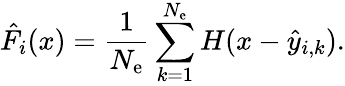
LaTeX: \hat{F}_{i}(x)=\frac{1}{N_{\mathrm{e}}}\sum_{k=1}^{N_{\mathrm{e}}}H(x-\hat{y}_{i,k}).